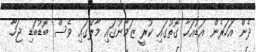
ދެން އަހަރެން އަޑުއަހާ ގޮތުގައި ކުރީ ޒަމާނުގައި މާލޭގައި ވެސް ބޮޑުބަޑި ޖަހާ.